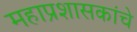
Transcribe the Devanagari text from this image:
महाप्रशासकांचे